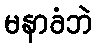
မနာခံဘဲ